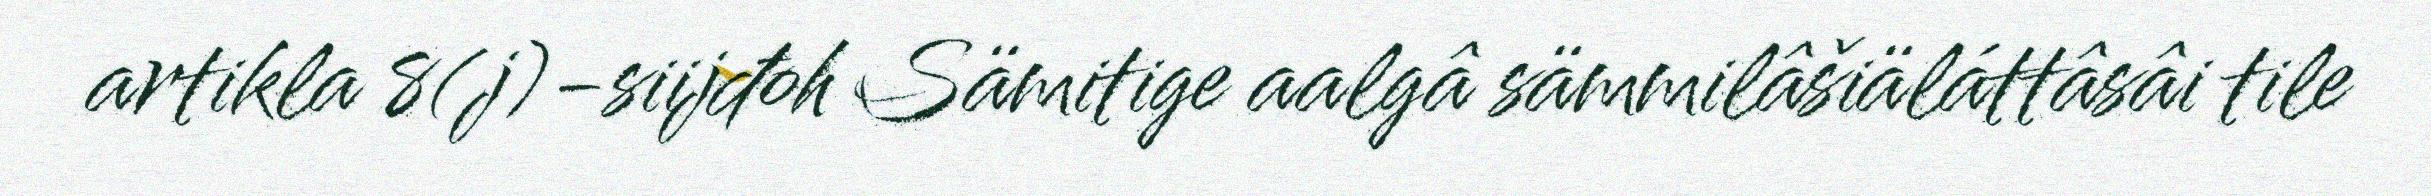
artikla 8(j)-siijđoh Sämitige aalgâ sämmilâšiäláttâsâi tile